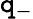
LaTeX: \mathtt{q}_{-}